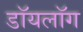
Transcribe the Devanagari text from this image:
डॉयलॉग